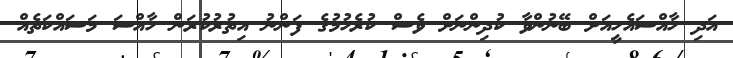
އަދި ހާއްސައެހީއަށް ބޭނުންވާ ކުދިންނަށް ވެސް ކުރެހުމުގެ ފަންނު އިތުރުކުރަން ހާއްސަ މަސައްކަތެއް